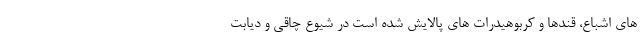
های اشباع، قندها و کربوهیدرات های پالایش شده است در شیوع چاقی و دیابت